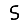
Digit: 5